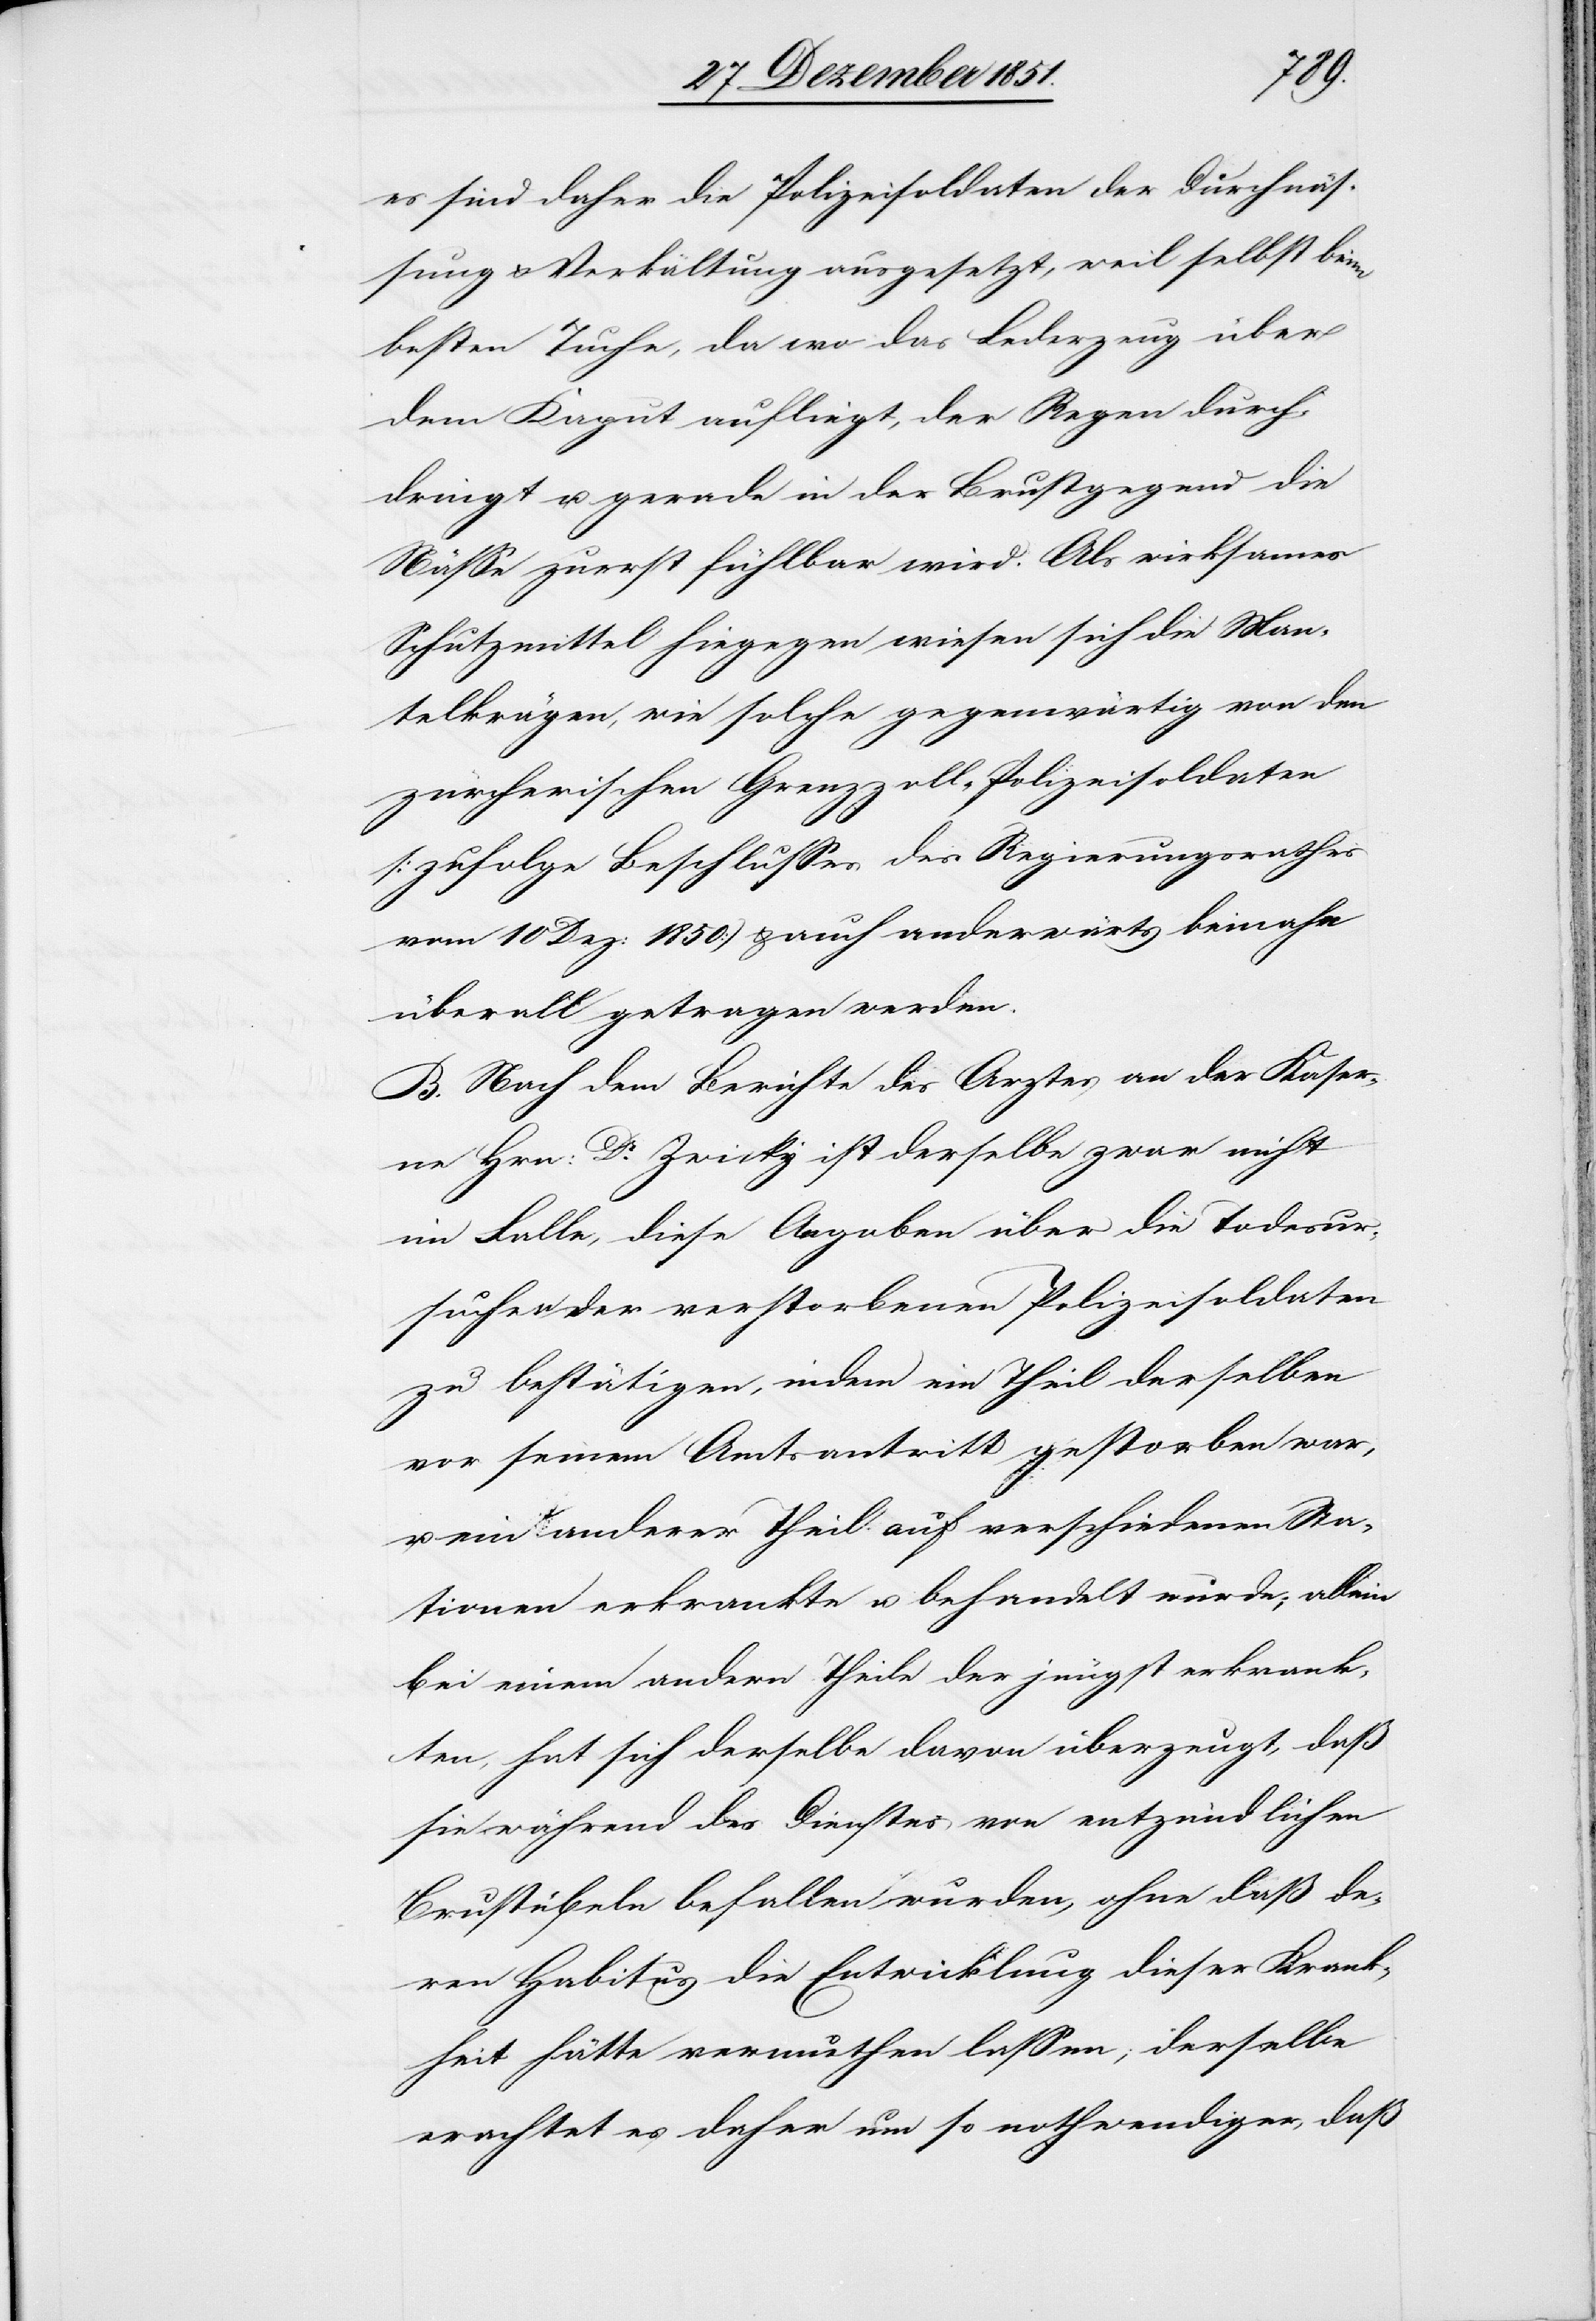
es sind daher die Polizeisoldaten der Durchnäs¬
sung & Verkältung ausgesetzt, weil selbst beim
besten Tuche, da wo das Lederzeug über
dem Kaput aufliegt, der Regen durch¬
dringt u. gerade in der Brustgegend die
Nässe zuerst fühlbar wird. Als wirksames
Schutzmittel hiegegen [er]wiesen sich die Man¬
telkrägen, wie solche gegenwärtig von den
zürcherischen Grenzzoll-Polizeisoldaten
(zufolge Beschlusses des Regierungsrathes
vom 10 Dez: 1850) & auch anderwärts beinahe
überall getragen werden.
B. Nach dem Berichte des Arztes an der Kaser¬
ne Hrn: Dr. Zwicky ist derselbe zwar nicht
im Falle, diese Angaben über die Todesursuchen
[sic!] der verstorbenen Polizeisoldaten
zu bestätigen, indem ein Theil derselben
vor seinem Amtsantritt gestorben war,
u. ein anderer Theil auf verschiedenen Sta¬
tionen erkrankte u. behandelt wurde; allein
bei einem andern Theile der jüngst erkrank¬
ten, hat sich derselbe davon überzeugt, daß
sie während des Dienstes von entzündlichen
Brustübeln befallen wurden, ohne daß de¬
ren Habitus die Entwicklung dieser Krank¬
heit hätte vermuthen lassen; derselbe
erachtet es daher um so nothwendiger, daß